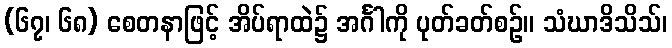
(၆၇၊ ၆၈) စေတနာဖြင့် အိပ်ရာထဲ၌ အင်္ဂါကို ပုတ်ခတ်စဉ်။ သံဃာဒိသိသ်၊